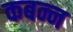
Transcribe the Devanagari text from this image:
कबन्न